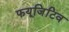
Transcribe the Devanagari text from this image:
फयूजिटिव